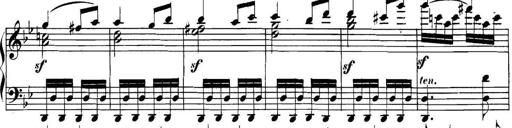
Title: Collected Piano Sonatas
Composer: Muzio Clementi